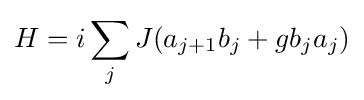
H=i\sum _{j}J(a_{j+1}b_{j}+gb_{j}a_{j})